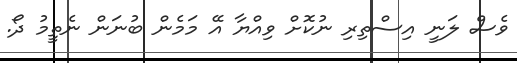
ވެސް ލަނީ އިސްތިރި ނުކޮށް ވިއްޔާ އޭ މަމެން ބުނަން ނެތީމު ދޯ.